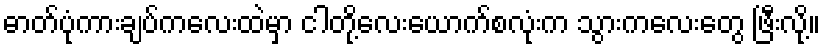
ဓာတ်ပုံကားချပ်ကလေးထဲမှာ ငါတို့လေးယောက်စလုံးက သွားကလေးတွေ ဖြီးလို့။